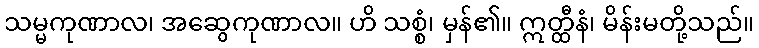
သမ္မကုဏာလ၊ အဆွေကုဏာလ။ ဟိ သစ္စံ၊ မှန်၏။ ဣတ္ထီနံ၊ မိန်းမတို့သည်။